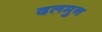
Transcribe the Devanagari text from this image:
दलमुन